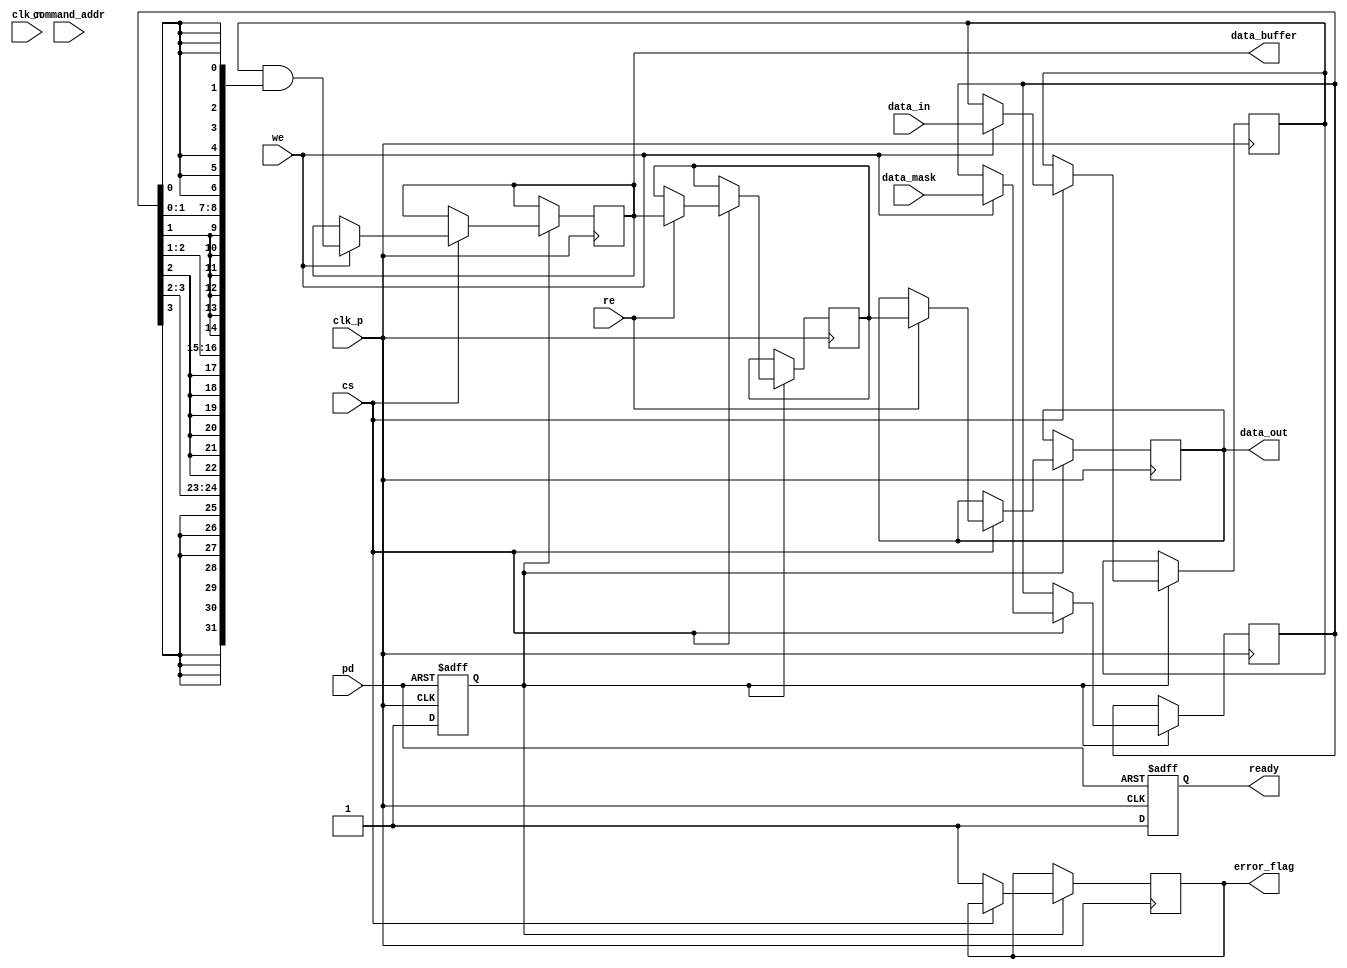
module gDDR3_IO_Block (
    input wire [31:0] data_in,       // Data input lines (DQ)
    output wire [31:0] data_out,     // Data output lines (DQ)
    input wire [3:0] data_mask,      // Data mask line (DM)
    input wire clk_p,                 // Clock positive input (CK)
    input wire clk_n,                 // Clock negative input (CK#)
    input wire [7:0] command_addr,    // Command/Address inputs (CA)
    input wire cs,                   // Chip Select (CS)
    input wire we,                   // Write Enable (WE)
    input wire re,                   // Read Enable (RE)
    input wire pd,                   // Power Down (PD)
    output reg ready,                // Ready signal to indicate I/O block is ready
    output reg [31:0] data_buffer,   // Buffer to hold data
    output reg error_flag            // Error flag
);

// Internal signals
reg [31:0] outgoing_data, incoming_data;
reg [3:0] write_mask;
reg is_powered_up;

// Power management logic
always @(posedge clk_p or negedge pd) begin
    if (!pd) begin
        is_powered_up <= 0;
        ready <= 0;
    end else begin
        is_powered_up <= 1;
        ready <= 1;
    end
end

// I/O operation logic
always @(posedge clk_p) begin
    if (is_powered_up) begin
        if (cs) begin
            if (we) begin
                // Write Operation
                write_mask <= data_mask;
                outgoing_data <= data_in;
                // Simulate sending data to memory
                data_buffer <= outgoing_data & { {8{write_mask[3]}}, {8{write_mask[2]}}, {8{write_mask[1]}}, {8{write_mask[0]}} }; // Apply masking
            end
            if (re) begin
                // Read Operation
                incoming_data <= data_buffer; // Simulate receiving data from memory
                data_out <= incoming_data;
            end
        end else begin
            error_flag <= 1; // Chip selected means a valid operation should occur
        end
    end
end

// Differential clock buffering would be handled outside of this block
// Output drivers would also need to be implemented using appropriate I/O primitives
// If needed for real systems, actual driving and receiving logic should be employed.

endmodule